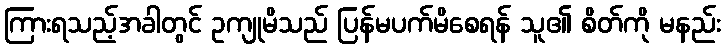
ကြားရသည့်အခါတွင် ဥကျုမိသည် ပြန်မပက်မိစေရန် သူ၏ စိတ်ကို မနည်း